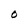
Character: O